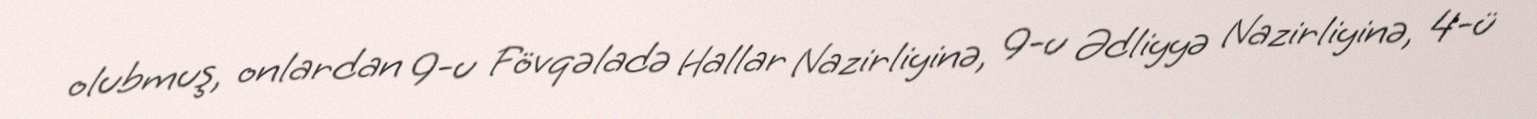
olubmuş, onlardan 9-u Fövqəladə Hallar Nazirliyinə, 9-u Ədliyyə Nazirliyinə, 4-ü